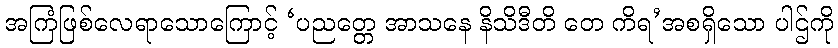
အကြံဖြစ်လေရာသောကြောင့် ‘ပညတ္တေ အာသနေ နိသိဒီတိ တေ ကိရ’အစရှိသော ပါဌ်ကို